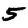
Digit: 5